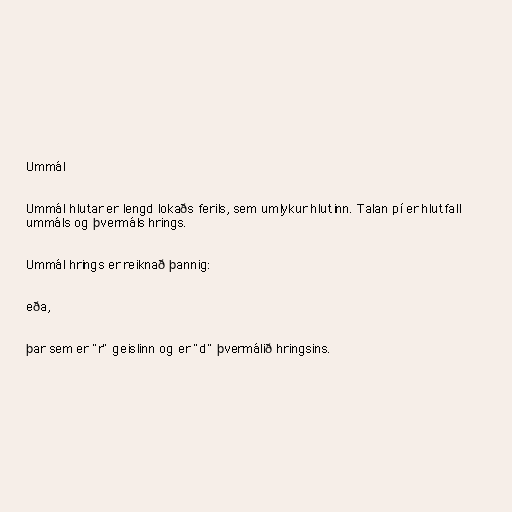
Ummál

Ummál hlutar er lengd lokaðs ferils, sem umlykur hlutinn. Talan pí er hlutfall
ummáls og þvermáls hrings.

Ummál hrings er reiknað þannig:

eða,

þar sem er "r" geislinn og er "d" þvermálið hringsins.